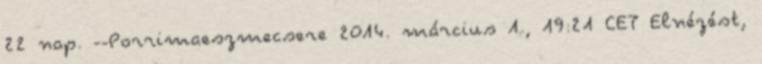
22 nap. --Porrimaeszmecsere 2014. március 1., 19:21 CET Elnézést,